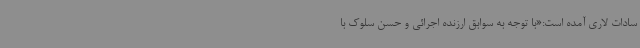
سادات لاری آمده است:«با توجه به سوابق ارزنده اجرائی و حسن سلوک با